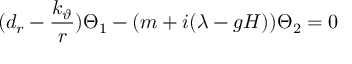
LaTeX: ( d _ { r } - { \frac { k _ { \vartheta } } r } ) \Theta _ { 1 } - ( m + i ( \lambda - g H ) ) \Theta _ { 2 } = 0